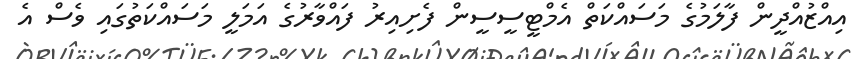
އިއްޒުއްދީން ފާލަމުގެ މަސައްކަތް އެމްޓީސީސީން ފެށިއިރު ފައްވާރުގެ އަމަލީ މަސައްކަތުގައި ވެސް އެ